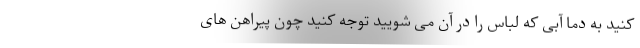
کنید به دما آبی که لباس را در آن می شویید توجه کنید چون پیراهن های